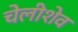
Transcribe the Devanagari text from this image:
चेलीशेव